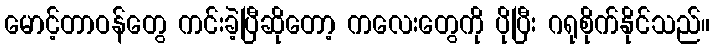
မောင့်တာဝန်တွေ ကင်းခဲ့ပြီဆိုတော့ ကလေးတွေကို ပိုပြီး ဂရုစိုက်နိုင်သည်။